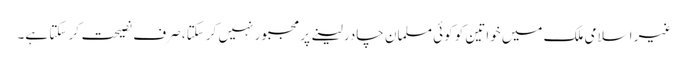
غیر اسلامی ملک میں خواتین کو کوئی مسلمان چادر لینے پر مجبور نہیں کر سکتا، صرف نصیحت کر سکتا ہے۔